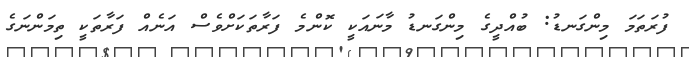
ފުރަތަމަ މިންގަނޑު: ބުއްދީގެ މިންގަނޑު މާނައަކީ ކޮންމެ ފަރާތަކަށްވެސް އަނެއް ފަރާތަކީ ތިމަންނަގެ